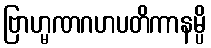
ဗြာဟ္မဏဂဟပတိကာနမ္ပိ